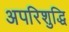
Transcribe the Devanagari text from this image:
अपरिशुद्धि